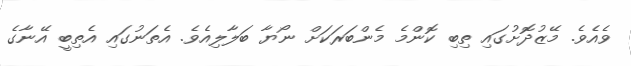
ވެއެވެ. މޭޒުދޮށުގައި ތިބި ކޮންމެ މެންބަރަކަށް ނޯޔާ ބަލާލިއެވެ. އެތަނުގައި އެތިބީ އޭނާގެ